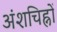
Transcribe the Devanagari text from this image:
अंशचिह्नों